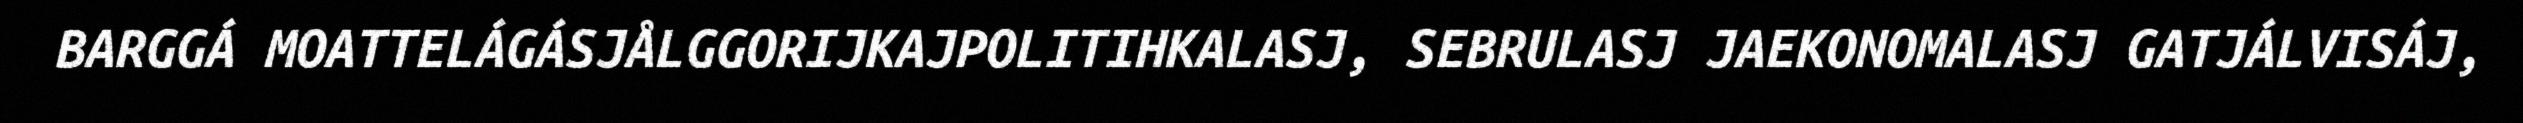
BARGGÁ MOATTELÁGÁSJÅLGGORIJKAJPOLITIHKALASJ, SEBRULASJ JAEKONOMALASJ GATJÁLVISÁJ,